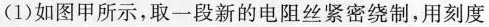
(1)如图甲所示，取一段新的电阻丝紧密绕制，用刻度